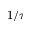
1 / \tau